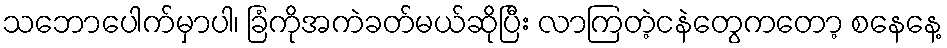
သဘောပေါက်မှာပါ၊ ခြံကိုအကဲခတ်မယ်ဆိုပြီး လာကြတဲ့ငနဲတွေကတော့ စနေနေ့